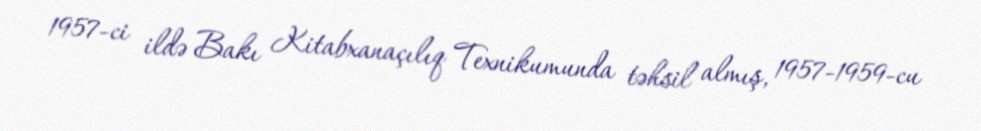
1957-ci ildə Bakı Kitabxanaçılıq Texnikumunda təhsil almış, 1957-1959-cu